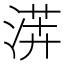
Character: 𱧏